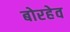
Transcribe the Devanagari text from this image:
बोरहेव